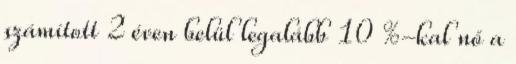
számított 2 éven belül legalább 10 %-kal nő a